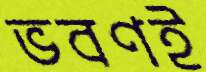
ভবণই